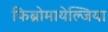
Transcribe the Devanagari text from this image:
फिब्रोमायेल्जिया